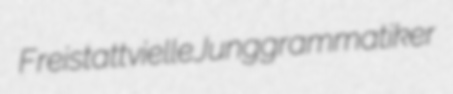
Freistatt vielle Junggrammatiker